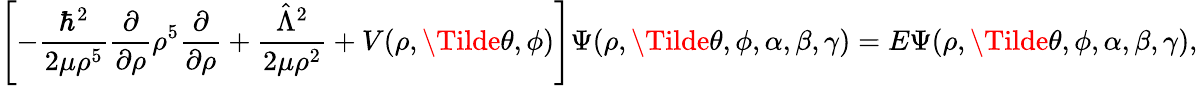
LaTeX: \left[-\frac{\hbar^{2}}{2\mu\rho^{5}}\frac{\partial}{\partial\rho}\rho^{5}\frac{\partial}{\partial\rho}+\frac{\hat{\Lambda}^{2}}{2\mu\rho^{2}}+V(\rho,\Tilde{\theta},\phi)\right]\Psi(\rho,\Tilde{\theta},\phi,\alpha,\beta,\gamma)=E\Psi(\rho,\Tilde{\theta},\phi,\alpha,\beta,\gamma),